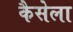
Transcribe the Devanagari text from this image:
कैसेला